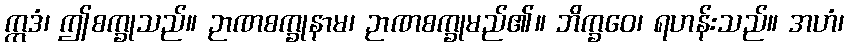
ဣဒံ၊ ဤစက္ခုသည်။ ဉာဏစက္ခုနာမ၊ ဉာဏစက္ခုမည်၏။ ဘိက္ခဝေ၊ ရဟန်းသည်။ အဟံ၊